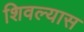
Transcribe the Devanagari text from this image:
शिवल्यास